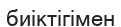
биіктігімен